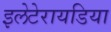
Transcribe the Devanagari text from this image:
इलेटेरायडिया